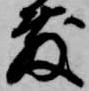
敷